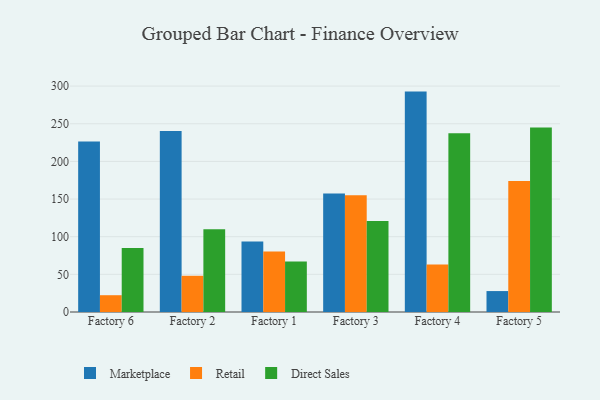
{"axis": {"x": "Factory", "y": "Website Visitors"}, "legend": ["Direct Sales", "Marketplace", "Retail"], "data": [{"x": "Factory 6", "y": 226.5, "type": "Marketplace"}, {"x": "Factory 6", "y": 22.3, "type": "Retail"}, {"x": "Factory 6", "y": 85.1, "type": "Direct Sales"}, {"x": "Factory 2", "y": 240.4, "type": "Marketplace"}, {"x": "Factory 2", "y": 48.1, "type": "Retail"}, {"x": "Factory 2", "y": 109.8, "type": "Direct Sales"}, {"x": "Factory 1", "y": 93.5, "type": "Marketplace"}, {"x": "Factory 1", "y": 80.5, "type": "Retail"}, {"x": "Factory 1", "y": 67.1, "type": "Direct Sales"}, {"x": "Factory 3", "y": 157.3, "type": "Marketplace"}, {"x": "Factory 3", "y": 155.0, "type": "Retail"}, {"x": "Factory 3", "y": 121.0, "type": "Direct Sales"}, {"x": "Factory 4", "y": 292.7, "type": "Marketplace"}, {"x": "Factory 4", "y": 63.1, "type": "Retail"}, {"x": "Factory 4", "y": 237.4, "type": "Direct Sales"}, {"x": "Factory 5", "y": 27.8, "type": "Marketplace"}, {"x": "Factory 5", "y": 174.0, "type": "Retail"}, {"x": "Factory 5", "y": 245.0, "type": "Direct Sales"}]}